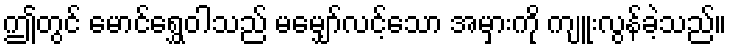
ဤတွင် မောင်ရွှေဝါသည် မမျှော်လင့်သော အမှားကို ကျူးလွန်ခဲ့သည်။